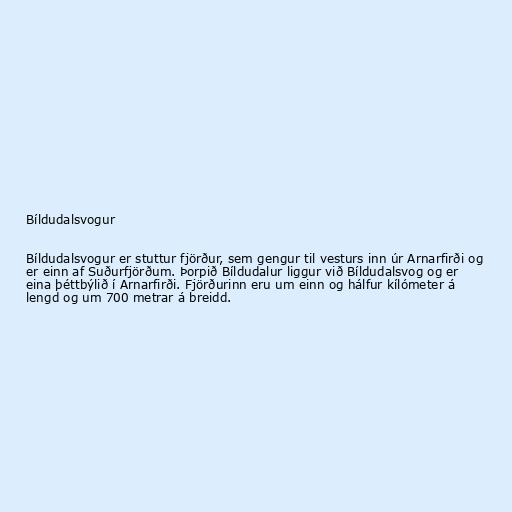
Bíldudalsvogur

Bíldudalsvogur er stuttur fjörður, sem gengur til vesturs inn úr Arnarfirði og
er einn af Suðurfjörðum. Þorpið Bíldudalur liggur við Bíldudalsvog og er
eina þéttbýlið í Arnarfirði. Fjörðurinn eru um einn og hálfur kílómeter á
lengd og um 700 metrar á breidd.